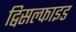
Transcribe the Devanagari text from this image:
द्विसल्फाइड